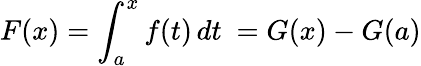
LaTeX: F(x)=\int_{a}^{x}f(t)\, dt\ =G(x)-G(a)